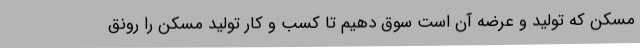
مسکن که تولید و عرضه آن است سوق دهیم تا کسب و کار تولید مسکن را رونق